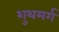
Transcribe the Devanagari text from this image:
शुथमर्ग